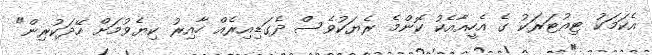
އެކަމަކު ޓިއުޓަރަކު ގެ އެހީއާއެކު ކޮންމެ ރެޔަކުވެސް ދެގަޑިއިރެއް ހާއިރު ކިޔެވުމަށް ހޭދަކުރިން"